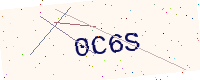
Text: 0C6S